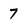
Character: 7